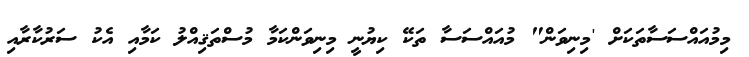
މިމުއައްސަސާތަކަށް 'މިނިވަން" މުއައްސަސާ ތަކޭ ކިޔުނީ މިނިވަންކަމާ މުސްތަޤިއްލު ކަމާއި އެކު ސަރުކާރާއި